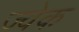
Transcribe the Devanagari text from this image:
ज्वेक